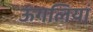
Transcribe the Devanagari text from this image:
ऊंगलियां